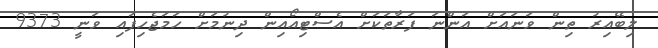
ލިބޭއިރު ތިން ވަނައަށް އަންނަ ފަރާތަކަށް އެސްޓިއޯއިން ދިނުމަށް ހަމަޖެހިފައި ވަނީ 9373